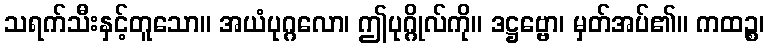
သရက်သီးနှင့်တူသော။ အယံပုဂ္ဂလော၊ ဤပုဂ္ဂိုလ်ကို။ ဒဋ္ဌဗ္ဗော၊ မှတ်အပ်၏။ ကထဉ္စ၊